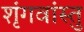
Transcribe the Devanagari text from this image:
शृंगवांस्तु